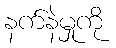
နက်နဲမှုကို